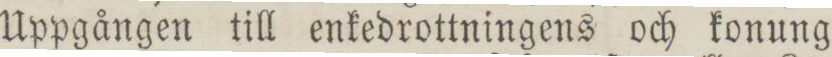
Uppgången till enkedrottningens och konung